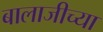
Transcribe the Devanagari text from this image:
बालाजीच्या